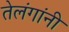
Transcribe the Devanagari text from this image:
तेलंगांनी